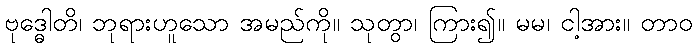
ဗုဒ္ဓေါတိ၊ ဘုရားဟူသော အမည်ကို။ သုတွာ၊ ကြား၍။ မမ၊ ငါ့အား။ တာဝ